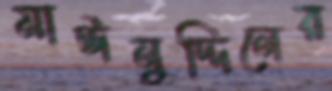
মাঈনুদ্দিনের